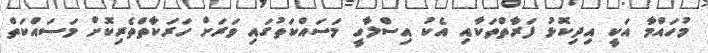
މުހައްމާ އަކީ އިދިކޮޅު ފަރާތްތަކާއި އެކު އިސްލާހީ މަސައްކަތުގައި ވަރަށް ހަރަކާތްތެރިކޮށް މަސައްކަތް